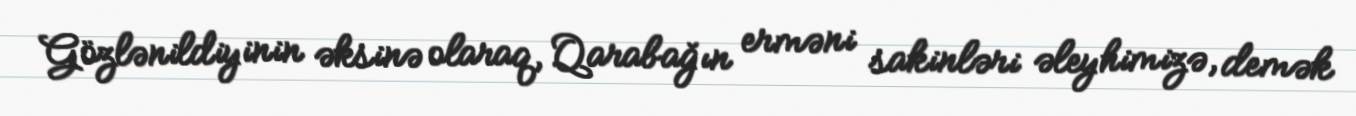
Gözlənildiyinin əksinə olaraq, Qarabağın erməni sakinləri əleyhimizə, demək